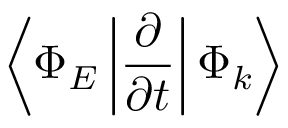
\left< \Phi _ { E } \left| \frac { \partial } { \partial t } \right| \Phi _ { k } \right>